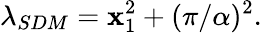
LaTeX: \lambda_{SDM}=\mathbf{x}_{1}^{2}+(\pi/\alpha)^{2}.